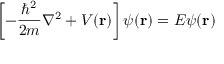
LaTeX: \left[ - { \frac { \hbar ^ { 2 } } { 2 m } } \nabla ^ { 2 } + V ( \mathbf { r } ) \right] \psi ( \mathbf { r } ) = E \psi ( \mathbf { r } )